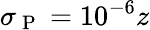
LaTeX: \sigma_{\mathrm{~P~}}=10^{-6}z